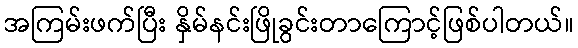
အကြမ်းဖက်ပြီး နှိမ်နင်းဖြိုခွင်းတာကြောင့်ဖြစ်ပါတယ်။